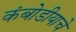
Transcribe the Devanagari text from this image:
कंबोडीयाचे